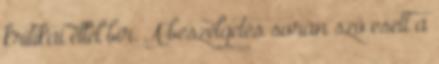
kritikai éllel bír. A beszélgetés során szó esett a